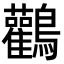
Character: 鸛